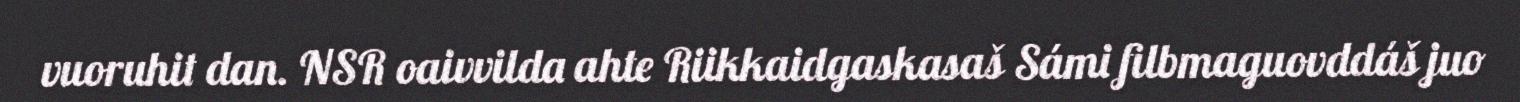
vuoruhit dan. NSR oaivvilda ahte Riikkaidgaskasaš Sámi filbmaguovddáš juo